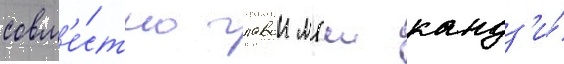
совм'е́стно главои мгш кандз'и́